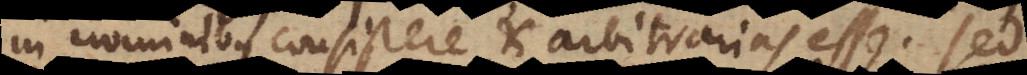
in nominibus consistere, et arbitrarias esse. Sed